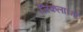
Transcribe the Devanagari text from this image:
जिंकला।तो